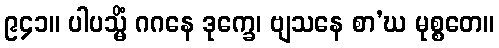
၉၄၁။ ပါပသ္မိံ ဂဂနေ ဒုက္ခေ၊ ဗျသနေ စာ’ဃ မုစ္စတေ။